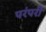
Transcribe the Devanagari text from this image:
परंपरी